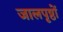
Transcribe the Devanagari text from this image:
जालपृष्ठों